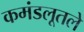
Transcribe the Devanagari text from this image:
कमंडलूतले